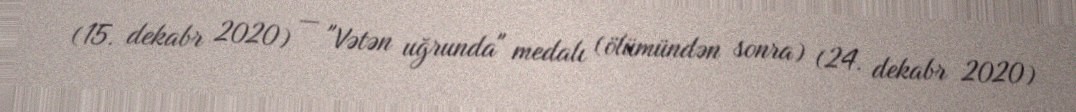
(15. dekabr 2020) — "Vətən uğrunda" medalı (ölümündən sonra) (24. dekabr 2020)